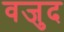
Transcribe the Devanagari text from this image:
वजुद